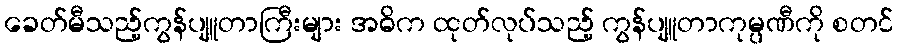
ခေတ်မီသည့်ကွန်ပျူတာကြီးများ အဓိက ထုတ်လုပ်သည့် ကွန်ပျူတာကုမ္ပဏီကို စတင်